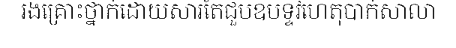
រងគ្រោះថ្នាក់ដោយសារតែជួបឧបទ្ទវហេតុបាក់សាលា